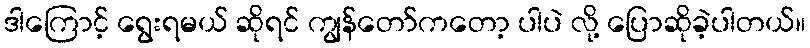
ဒါကြောင့် ရွေးရမယ် ဆိုရင် ကျွန်တော်ကတော့ ပါပဲ လို့ ပြောဆိုခဲ့ပါတယ်။